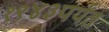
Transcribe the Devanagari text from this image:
१९४३पर्यंत